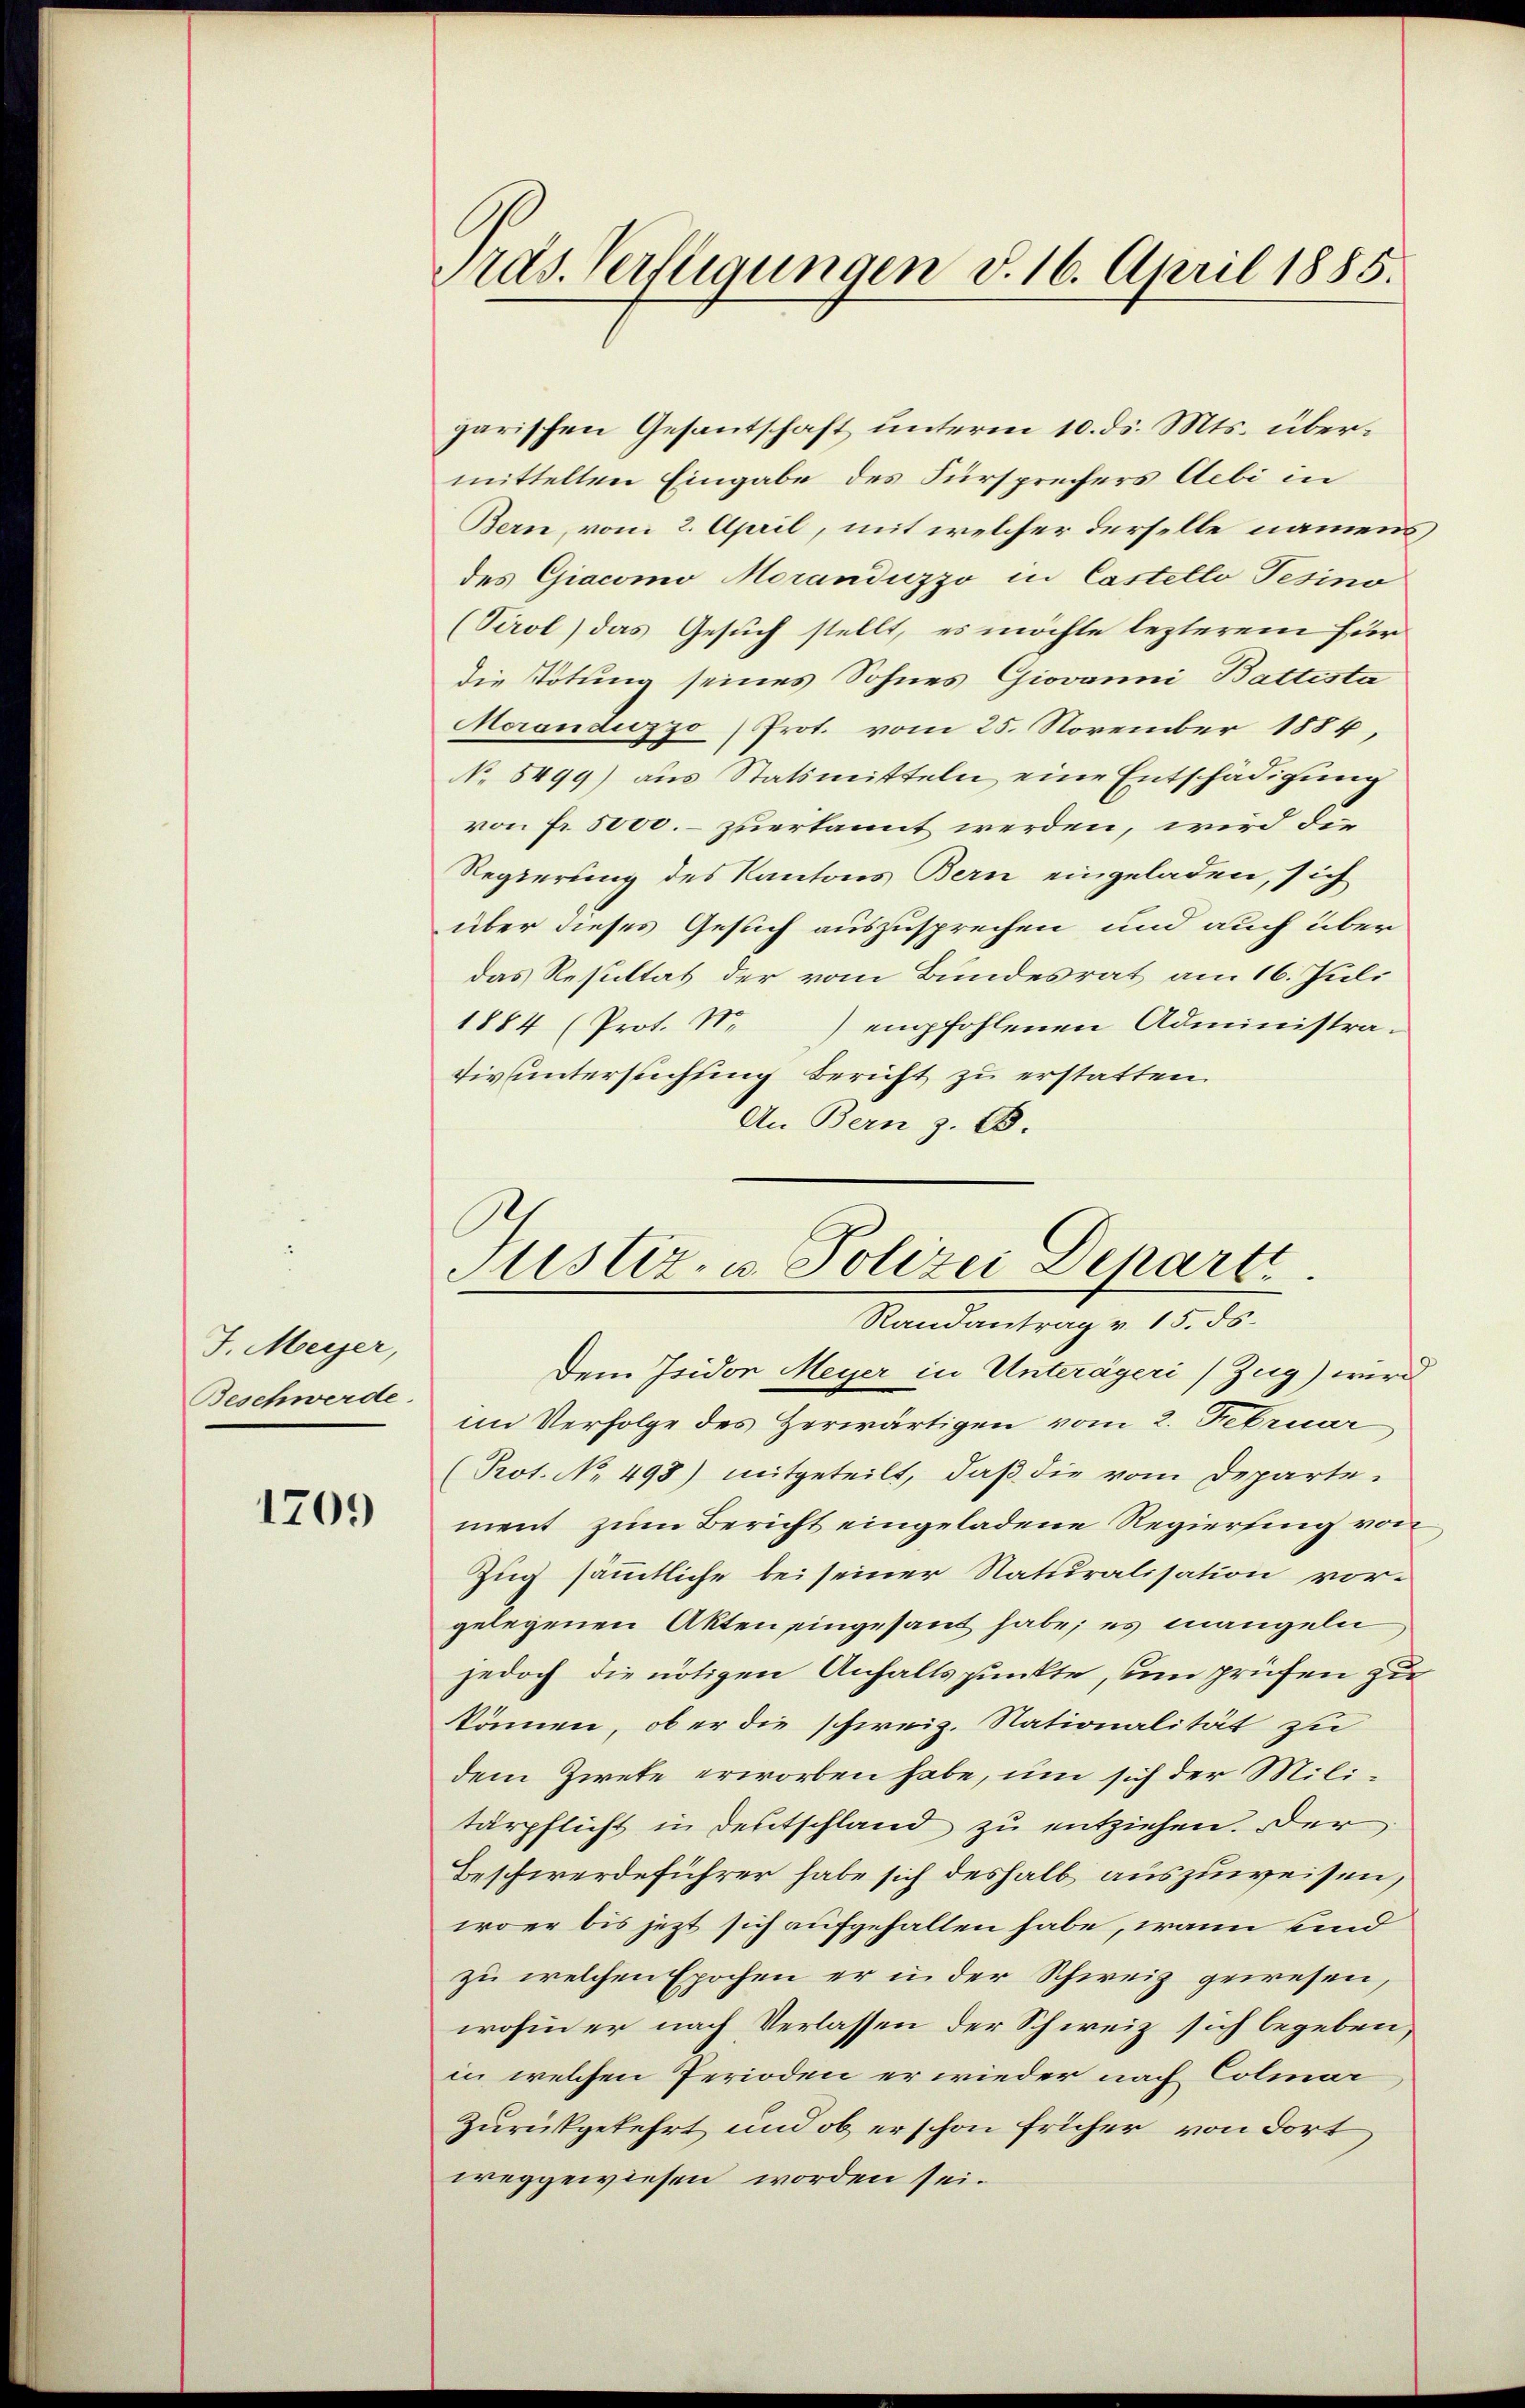
J. Meyer,
Beschwerde

1709

Pras. Verfügungen d. 16. April 1885.

garischen Gesantschaft unterm 10. ds. Mts. übermittelten Eingabe des Fürsprechers Aebi in
Bern, vom 2. April, mit welcher derselbe namens
des Giacomo Moranduzzo in Castello Tesino
(Virol) das Gesuch stellt, es möchte lezterem für
die Tötung seines Sohnes Giovanni Battesta
Moranduzzo (Prot. vom 25. November 1884,
No 8499) aus Statsmitteln eine Entschädigung
von Fr. 5000. zuerkannt werden, wird de
Regierung des Kantons Bern eingeladen, sich
über dieses Gesuch auszusprechen und auch über
das Resultat der vom Bundesrat am 16. Juli
1884 (Prot. N. empfohlenen Administra-
tiv untersuchung beruht zu erstatten.
An Bern z. B.

Justiz- u. Polizei Depart
Randantrag v. 15. ds.
Dem Isidor Meyer in Unterägeri /Zug) wird

im Verfolge des Herwärtigen vom 2. Februar
(Pot. No 498) mitgeteilt, daß die vom Departement zum Bericht eingeladene Regierung von
Zug sämmtliche bei seiner Naturalisation vor-
gelegenen Akten eingesandt habe; es mangeln
jedoch die nötigen Anhaltspunkte, um prüfen zu
können, ob er die schweiz. Nationalität zu
dem Zwete erworben habe, um sich der Militärpflicht in deutschland zu entziehen. Der
Beschwerdeführer habe sich deshalb auszuweisen,
woer bis jezt sich aufgehalten habe, wann und
zu welchen Epochen er in der Schweiz gewesen,
wohin er nach Verlassen der Schweiz sich begeben,
in welchen Perioden er wieder nach Colmar
Zurückgekehrt und ob erschon früher von dort
weggewiesen worden sei.